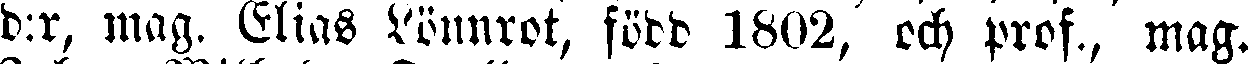
d:r, mag. Elias lönnrot, född 1802, och prof., mag.